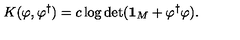
K ( \varphi , \varphi ^ { \dagger } ) = c \log \det ( { \bf 1 } _ { M } + \varphi ^ { \dagger } \varphi ) .